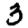
Digit: 3